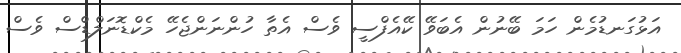
އަޅުގަނޑުމެން ހަމަ ބޭނުން އެބަވޭ ކޭއެފްސީ ވެސް އެތާ ހުންނަންޖެހޭ މެކްޑޮނަލްޑްސް ވެސް